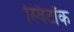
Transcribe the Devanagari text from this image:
स्विटॉक